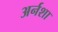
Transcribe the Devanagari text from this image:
अर्नशा